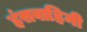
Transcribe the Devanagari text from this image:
हंसवाहिनी